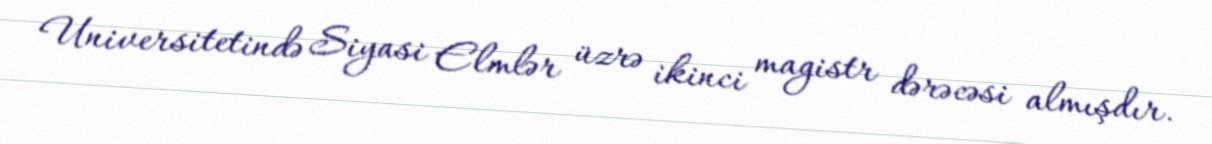
Universitetində Siyasi Elmlər üzrə ikinci magistr dərəcəsi almışdır.